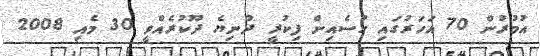
އުމުރުން 70 އަހަރުގައި ހުސެއިން ފިކުރީ ދުނިޔެ ދޫކުރެއްވީ 30 މެއި 2008